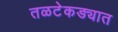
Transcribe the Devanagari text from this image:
तळटेकड्यात